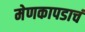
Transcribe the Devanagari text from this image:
मेणकापडाचं